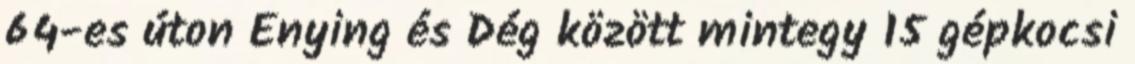
64-es úton Enying és Dég között mintegy 15 gépkocsi